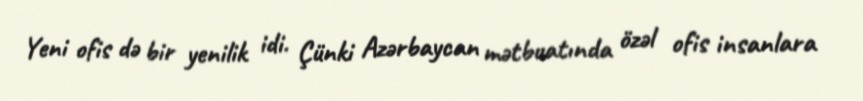
Yeni ofis də bir yenilik idi. Çünki Azərbaycan mətbuatında özəl ofis insanlara